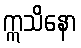
ဣသိနော